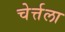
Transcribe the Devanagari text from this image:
चेर्त्तला